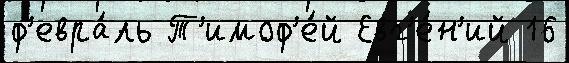
ф'евра́ль Т'имоф'е́й Евг'е́н'ий 16